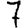
Digit: 7